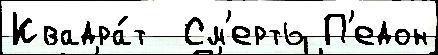
Квадра́т  См'ерть П'едон